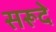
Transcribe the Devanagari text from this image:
सरूदे